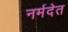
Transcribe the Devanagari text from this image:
नर्मदेत